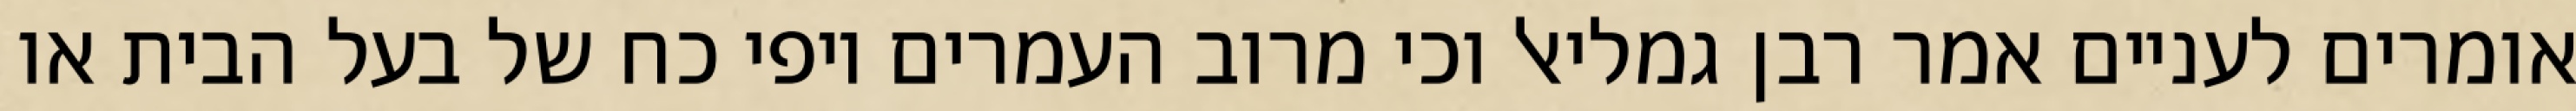
אומרים לעניים אמר רבן גמליאל וכי מרוב העמרים יופי כח של בעל הבית או